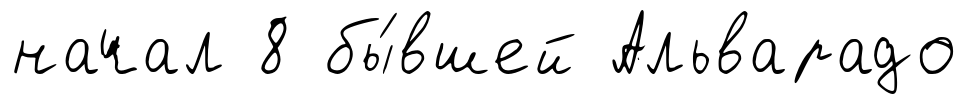
начал 8 бы́вшей Альварадо